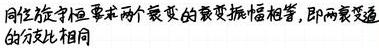
同位旋守恒要求两个衰变的衰变振幅相等，即两衰变道的分支比相同